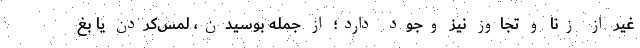
غیر از زنا و تجاوز نیز وجود دارد؛ از‌ جمله بوسیدن، لمس‌کردن یا بغ